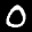
Label: 0